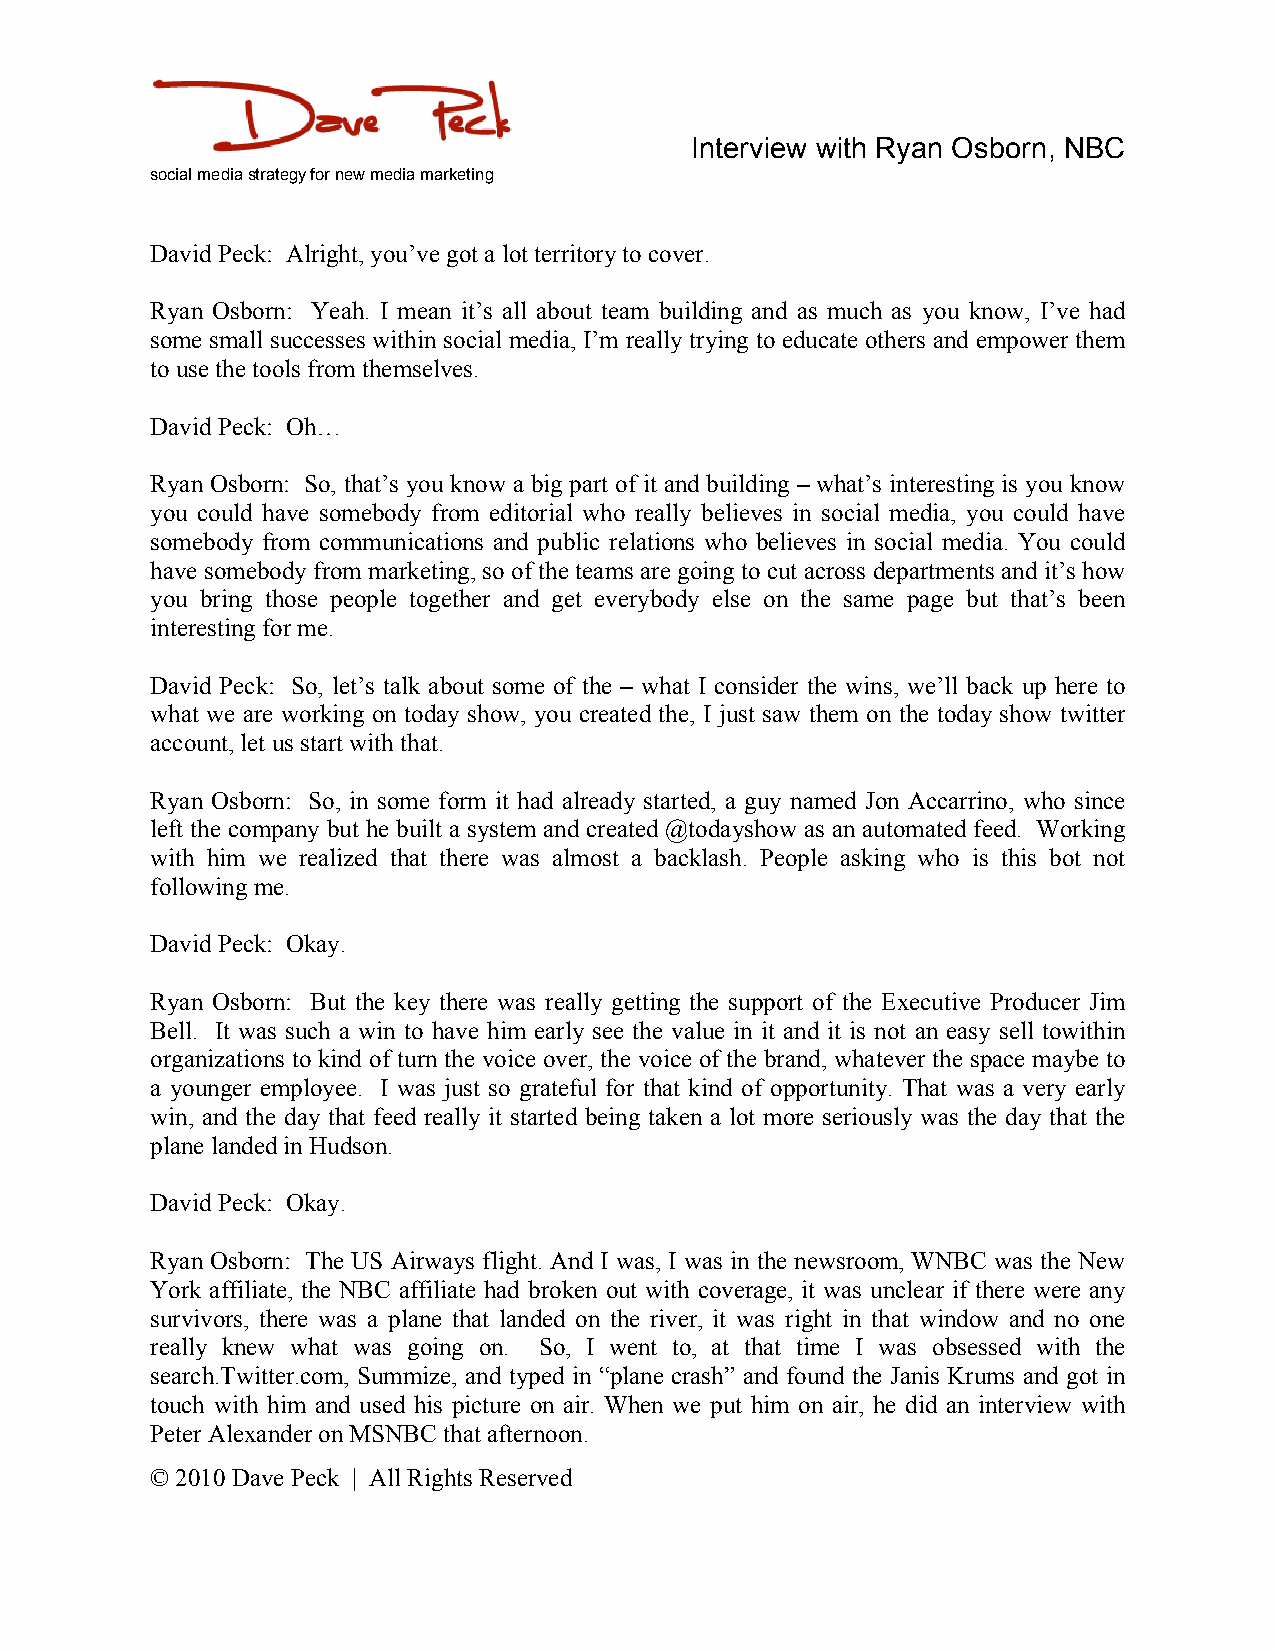
Interview with Ryan Osborn, NBC
 social media strategy for new media marketing
 David Peck: Alright, you’ve got a lot territory to cover.
 Ryan Osborn: Yeah. I mean it’s all about team building and as much as you know, I’ve had
 some small successes within social media, I’m really trying to educate others and empower them
 to use the tools from themselves.
 David Peck: Oh…
 Ryan Osborn: So, that’s you know a big part of it and building – what’s interesting is you know
 you could have somebody from editorial who really believes in social media, you could have
 somebody from communications and public relations who believes in social media. You could
 have somebody from marketing, so of the teams are going to cut across departments and it’s how
 you bring those people together and get everybody else on the same page but that’s been
 interesting for me.
 David Peck: So, let’s talk about some of the – what I consider the wins, we’ll back up here to
 what we are working on today show, you created the, I just saw them on the today show twitter
 account, let us start with that.
 Ryan Osborn: So, in some form it had already started, a guy named Jon Accarrino, who since
 left the company but he built a system and created @todayshow as an automated feed. Working
 with him we realized that there was almost a backlash. People asking who is this bot not
 following me.
 David Peck: Okay.
 Ryan Osborn: But the key there was really getting the support of the Executive Producer Jim
 Bell. It was such a win to have him early see the value in it and it is not an easy sell towithin
 organizations to kind of turn the voice over, the voice of the brand, whatever the space maybe to
 a younger employee. I was just so grateful for that kind of opportunity. That was a very early
 win, and the day that feed really it started being taken a lot more seriously was the day that the
 plane landed in Hudson.
 David Peck: Okay.
 Ryan Osborn: The US Airways flight. And I was, I was in the newsroom, WNBC was the New
 York affiliate, the NBC affiliate had broken out with coverage, it was unclear if there were any
 survivors, there was a plane that landed on the river, it was right in that window and no one
 really knew what was going on. So, I went to, at that time I was obsessed with the
 search.Twitter.com, Summize, and typed in “plane crash” and found the Janis Krums and got in
 touch with him and used his picture on air. When we put him on air, he did an interview with
 Peter Alexander on MSNBC that afternoon.
 © 2010 Dave Peck | All Rights Reserved